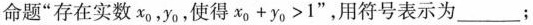
命题“存在实数x_{0}，y_{0}，使得$$x _ { 0 } + y _ { 0 } > 1$$”，用符号表示为___；